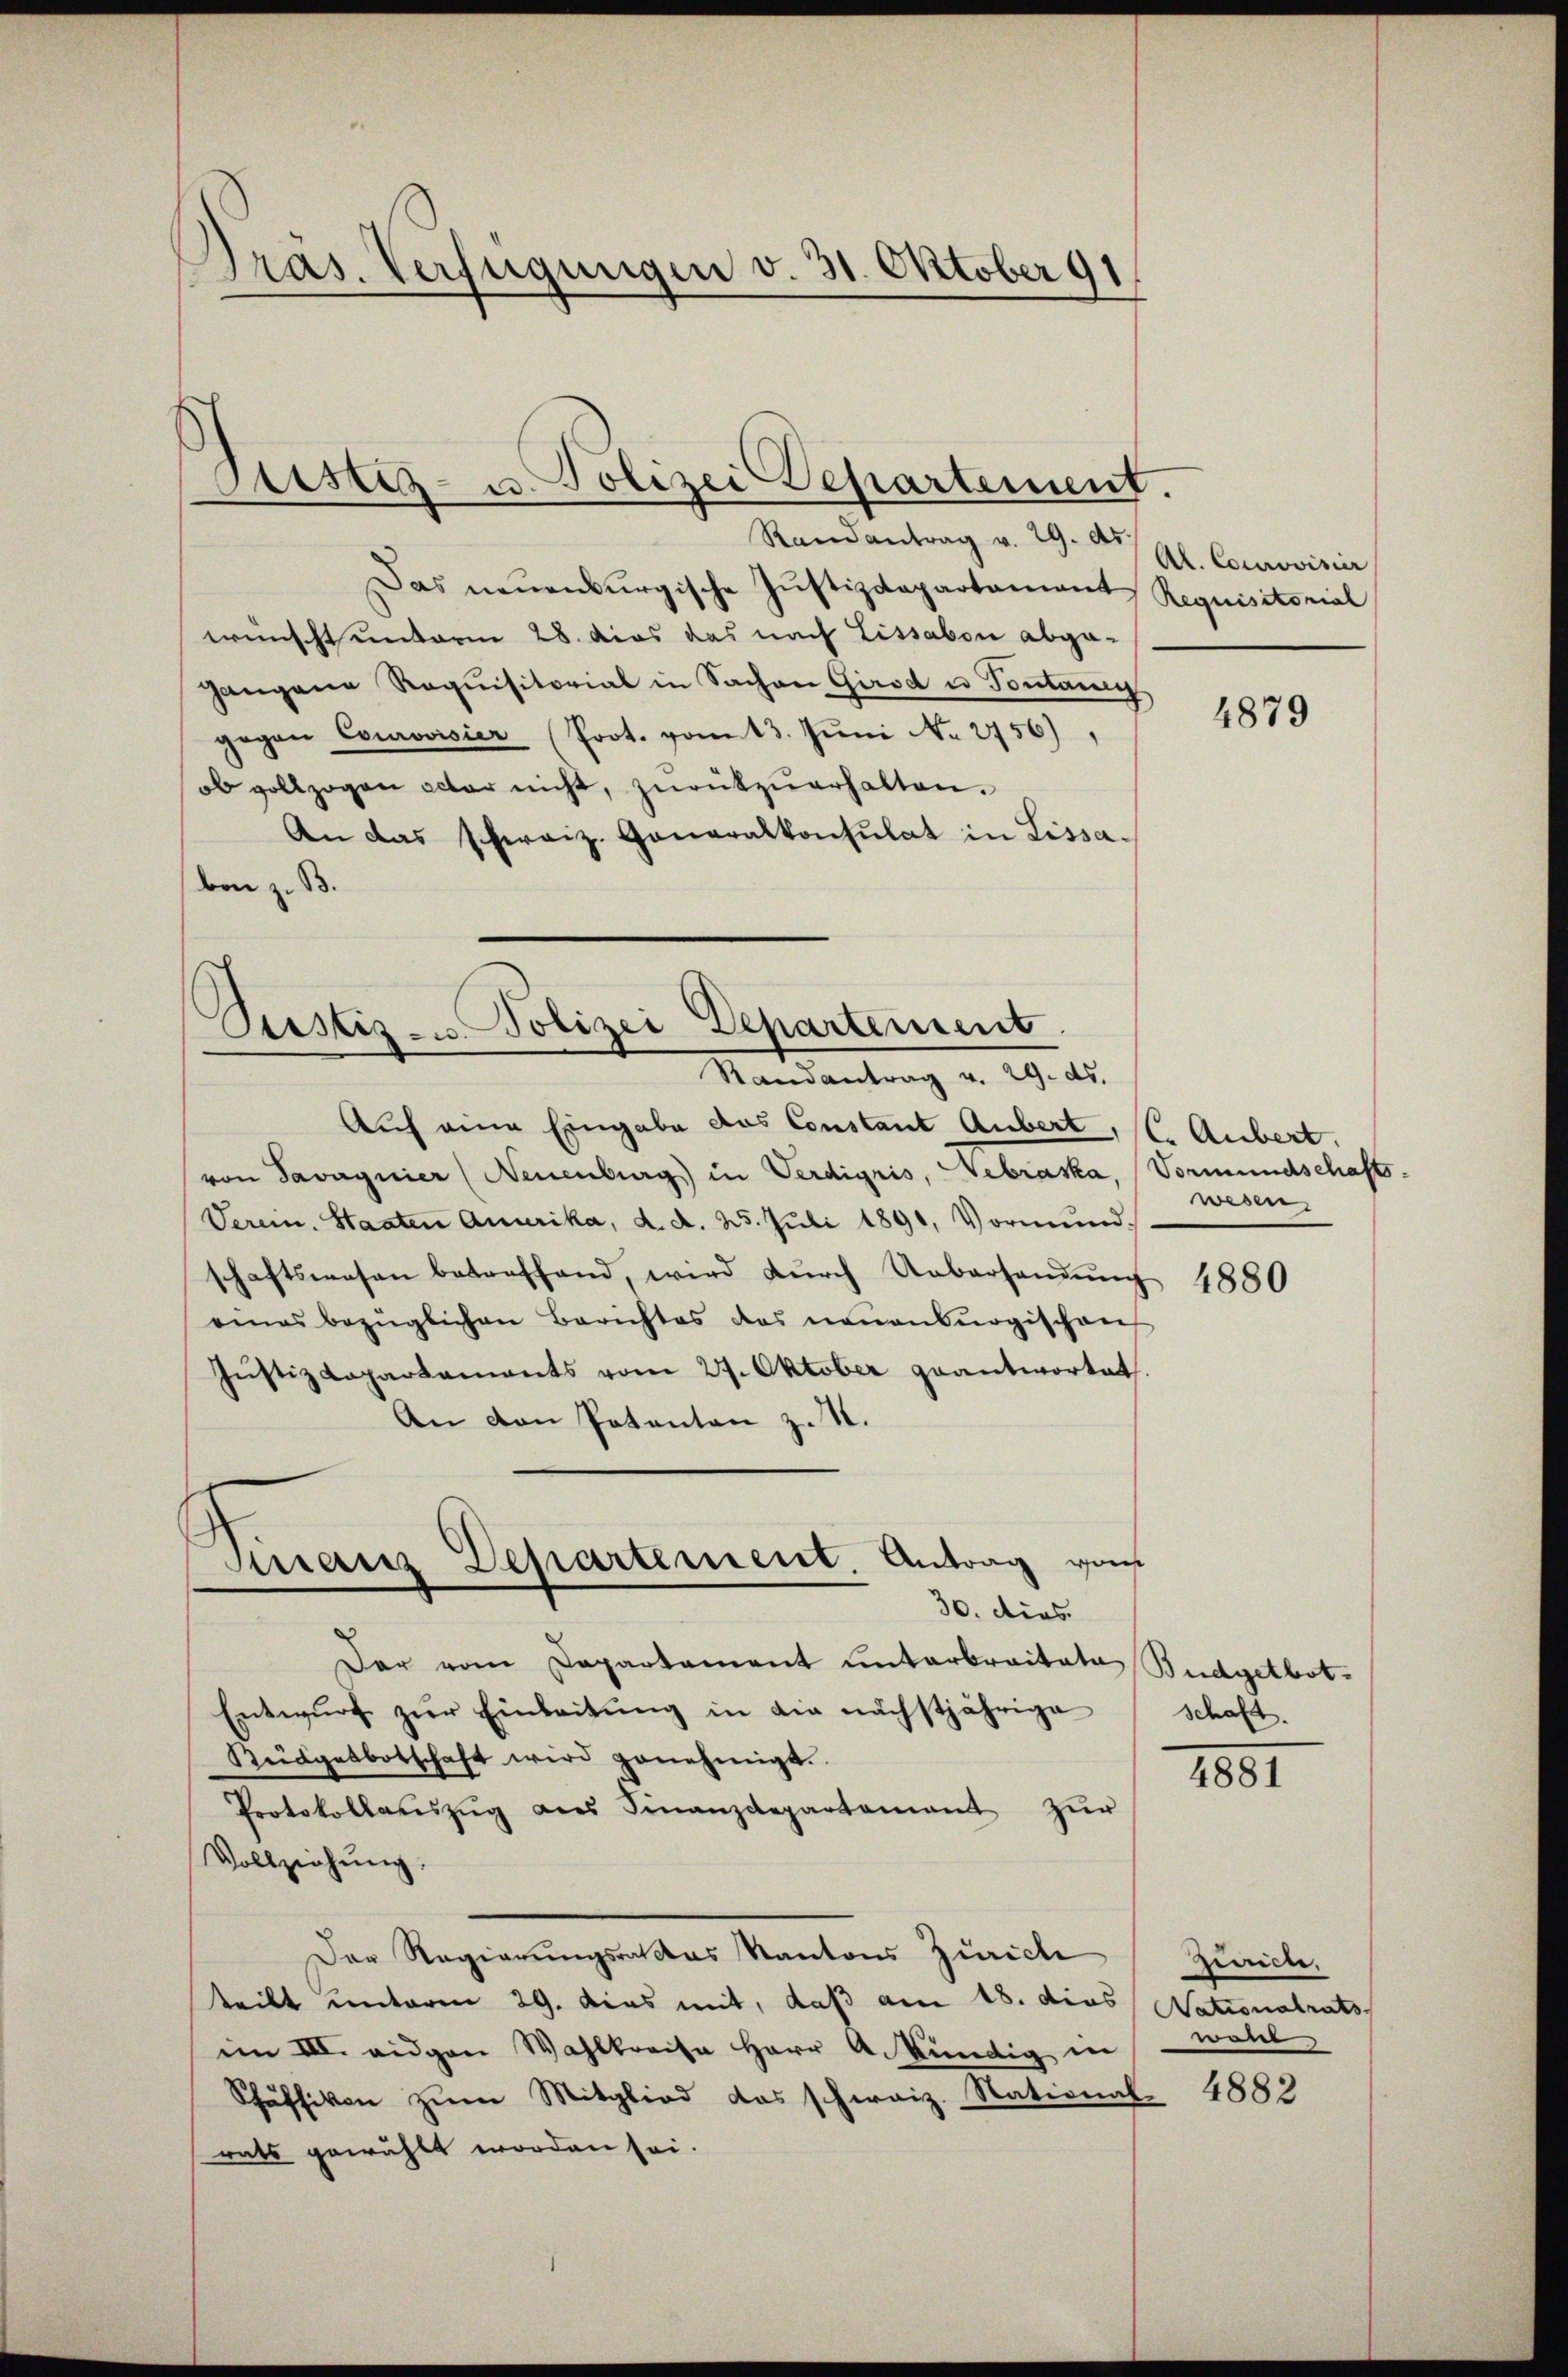
Präs. Verfügungen v. 31. Oktober 91

Geistiz- u. Polizei Departement.

Randantrag v. 29. ds.
Das neuenburgische Justizdepartament Requisitorial
wünscht unterm 28. Das das nach Lissabon abge-
gangene Requisitorial in Sachen Girod u Pontani
gegen Courovisier (Prot. vom 13. Juni No 2756),
ob vollzogen acter nicht, zŭrükzŭerhalten.
An das schweiz. Generalkonsulat in Lissa-
bon z. B.

Pristig - Polizei Departement
Randantrag v. 29. ds.

Finanz Departement. Antrag von
30. dies

Auch eine Eingabe das Constant Anbert, CC. Aubert.
von Savagnier (Neuenburg in Verdigris, Gebraska, Vormundschafts-
Verein. Staaten Quarika, d. d. 25. Jŭli 1891, Vormŭnd.
schaftswesen betreffend, wird dŭrch Ueberhandŭng 1880
eines bezüglichen Berichtes das neuenburgischen
Jŭstiz Lapartements vom 27. Oktober geantwortet
An den Patenten z. S.
Der vom Departement unterbraitate Budgetbot.
Entwŭrf zŭr Einleitŭng in die nächstjährige
Küdgetbotschaft wird genehmigt.
Protokollauszug aus Finanzdepartament zŭr
Vollziehung.
Der Regierungsrathes Kantons Zürich
teilt unterm 29. Das mit, daß am 18. dies Nationalrats
im III. eigen Wahlkreise Herr A. Kündig in
Schäffikon zum Mitglied das schweiz. National 1883
rats gewählt worden sei.

Al. Courovisier

4879

wesen,

schaft.

1881

Zunici,
wann